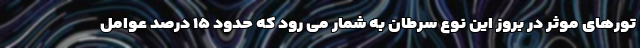
تورهای موثر در بروز این نوع سرطان به شمار می رود که حدود ۱۵ درصد عوامل